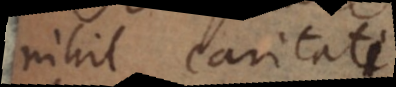
nihil caritati